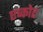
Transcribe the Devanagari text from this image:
एप्कोट